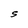
Character: S